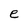
Character: e